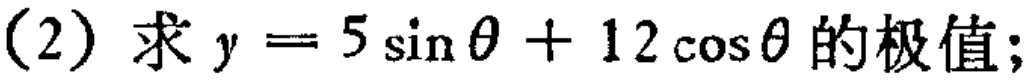
(2) 求 \(y = 5\sin\theta+12\cos\theta\) 的极值;